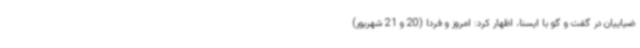
ضیاییان در گفت و گو با ایسنا، اظهار کرد: امروز و فردا (20 و 21 شهریور)